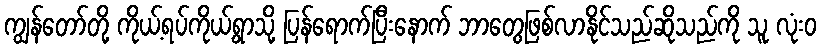
ကျွန်တော်တို့ ကိုယ့်ရပ်ကိုယ့်ရွာသို့ ပြန်ရောက်ပြီးနောက် ဘာတွေဖြစ်လာနိုင်သည်ဆိုသည်ကို သူ လုံးဝ